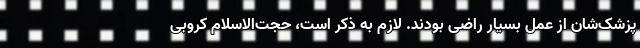
پزشک‌شان از عمل بسیار راضی بودند. لازم به ذکر است، حجت‌الاسلام کروبی